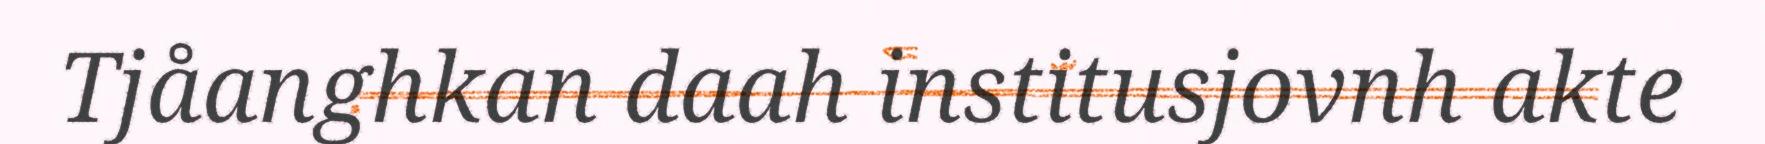
Tjåanghkan daah institusjovnh akte